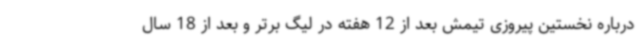
درباره نخستین پیروزی تیمش بعد از 12 هفته در لیگ برتر و بعد از 18 سال